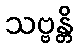
သဗ္ဗန္တိ